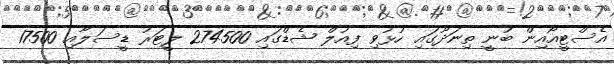
އެސްޓީއޯއިން ބުނީ ތިނަދޫގައި ހުޅުވި ފިއުލް ޝެޑްގައި 274500 ލީޓަރު ޑީސަލާއި 17500